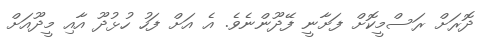
ދޮރަށް ރަސްމީކޮށް ފަށާނީ ފޭދޫންނެވެ. އެ އަށް ފަހު ހުޅުދޫ އާއި މީދޫއަށް